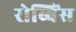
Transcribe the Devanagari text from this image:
रोब्बिंस